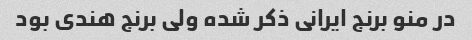
در منو برنج ایرانی ذکر شده ولی برنج هندی بود